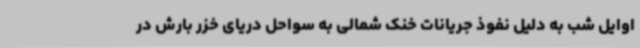
اوایل شب به دلیل نفوذ جریانات خنک شمالی به سواحل دریای خزر بارش در